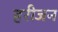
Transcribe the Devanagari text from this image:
हरीजन